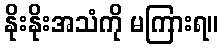
နိုးနိုးအသံကို မကြားရ။